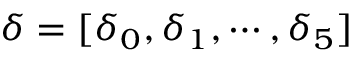
\boldsymbol { \delta } = [ \delta _ { 0 } , \delta _ { 1 } , \cdots , \delta _ { 5 } ]